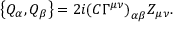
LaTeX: \left\{ Q _ { \alpha } , Q _ { \beta } \right\} = 2 i { ( C \Gamma ^ { \mu \nu } ) } _ { \alpha \beta } Z _ { \mu \nu } .